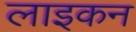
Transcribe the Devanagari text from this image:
लाइकन